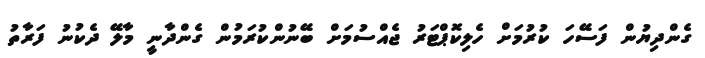
ގެންދިޔުން ފަސޭހަ ކުރުމަށް ހެލިކޮޕްޓަރު ޖެއްސުމަށް ބޭނުންކުރަމުން ގެންދާނީ މާލޭ ދެކުނު ފަރާތު